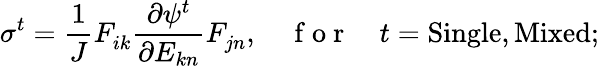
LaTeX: \sigma^{t}=\frac{1}{J}F_{ik}^{\phantom{}}\frac{\partial\psi^{t}}{\partial E_{kn}}F_{jn}^{\phantom{}},\quad\mathrm{~f~o~r~}\quad t=\mathrm{Single},\mathrm{Mixed};